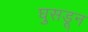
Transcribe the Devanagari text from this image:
घुसडून